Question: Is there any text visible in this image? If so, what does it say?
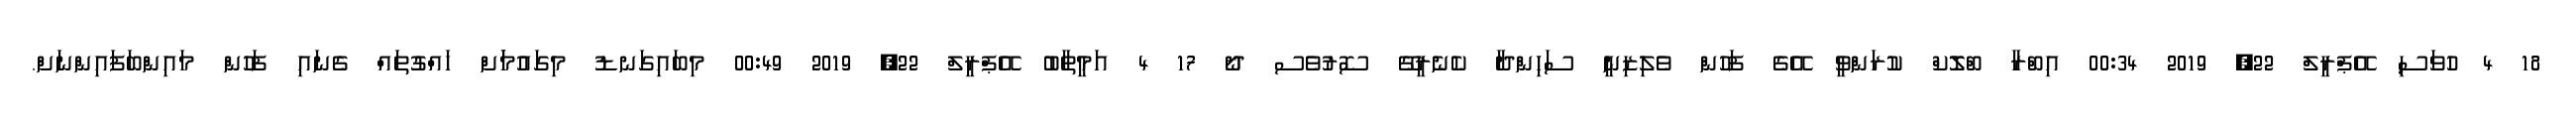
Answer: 18 4 ހުވަސި އޭޕްރީލް 22, 2019 00:34 އިބްރާ ބްލޮކް ކުރަންވީ އޭގެ ފަހުން ވެލިޒިނީ ސަހިންދާ ކެނެރީގޭ ސޮރުވެސ ދޯ 17 4 އަމީތާބު އޭޕްރީލް 22, 2019 00:49 މިބައިގަނޑު މިގައުމަަށް ހައްގުތައް ގެނައި ފަހުން މައިންބަފައިންނަށް.